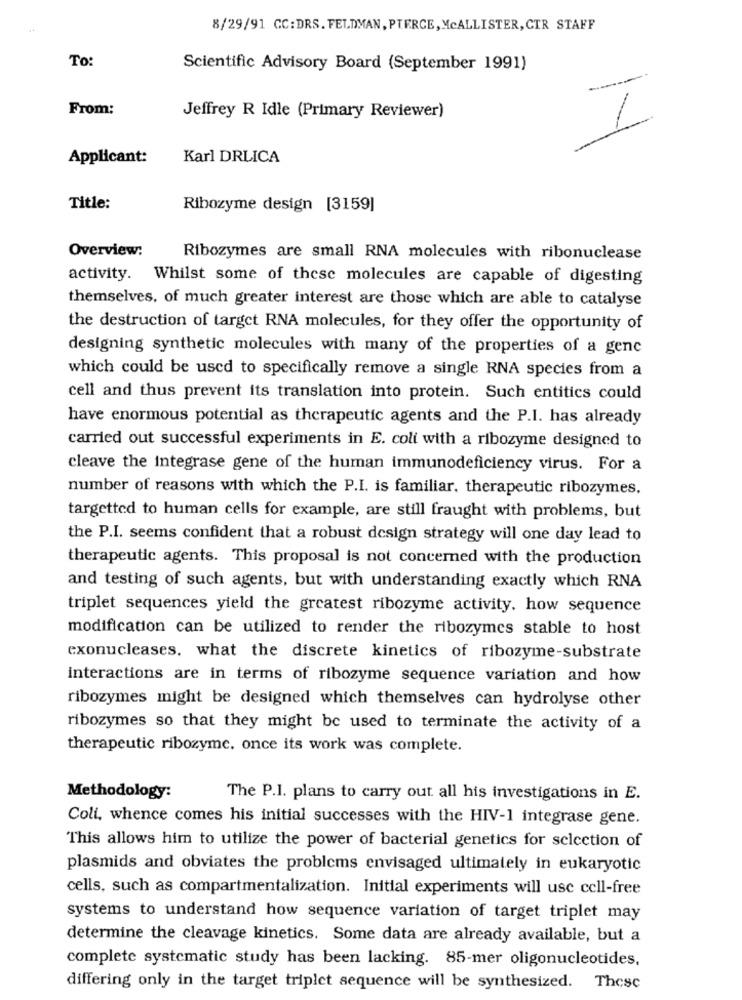
8/29/91 CC:DRS. FELDMAN, PTERCE, McALLISTER, CTR STAFF
To:
Scientific Advisory Board (September 1991)
From:
Jeffrey R Idle (Primary Reviewer)
1
Applicant:
Karl DRLICA
Title:
Ribozyme design [3159]
Overview:
Ribozymes are small RNA molecules with ribonuclease
activity. Whilst some of these molecules are capable of digesting
themselves, of much greater interest are those which are able to catalyse
the destruction of target RNA molecules, for they offer the opportunity of
designing synthetic molecules with many of the properties of a genc
which could be used to specifically remove a single RNA species from a
cell and thus prevent its translation into protein. Such entitics could
have enormous potential as therapeutic agents and the P.I. has already
carried out successful experiments in E. coli with a ribozyme designed to
cleave the integrase gene of the human immunodeficiency virus. For a
number of reasons with which the P.I. is familiar. therapeutic ribozymes.
targetted to human cells for example, are still fraught with problems, but
the P.I. seems confident that a robust design strategy will one day lead to
therapeutic agents. This proposal is not concerned with the production
and testing of such agents, but with understanding exactly which RNA
triplet sequences yield the greatest ribozyme activity, how sequence
modification can be utilized to render the ribozymes stable to host
exonucleases, what the discrete kinetics of ribozyme-substrate
interactions are in terms of ribozyme sequence variation and how
ribozymes might be designed which themselves can hydrolyse other
ribozymes so that they might be used to terminate the activity of a
therapeutic ribozyme. once its work was complete.
Methodology:
The P.I. plans to carry out all his investigations in E.
Coli, whence comes his initial successes with the HIV-1 integrase gene.
This allows him to utilize the power of bacterial genetics for selection of
plasmids and obviates the problems envisaged ultimately in eukaryotic
cells, such as compartmentalization. Initial experiments will use cell-free
systems to understand how sequence variation of target triplet may
determine the cleavage kinetics. Some data are already available, but a
complete systematic study has been lacking. 85-mer oligonucleotides,
differing only in the target triplet sequence will be synthesized. Thesc